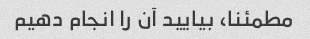
مطمئنا، بیایید آن را انجام دهیم